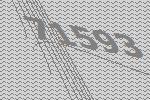
71593